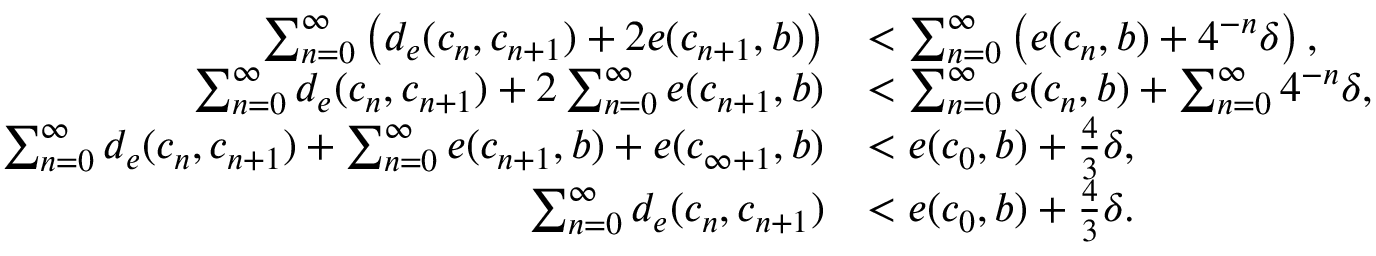
\begin{array} { r l } { \sum _ { n = 0 } ^ { \infty } \left( d _ { e } ( c _ { n } , c _ { n + 1 } ) + 2 e ( c _ { n + 1 } , b ) \right) } & { < \sum _ { n = 0 } ^ { \infty } \left( e ( c _ { n } , b ) + 4 ^ { - n } \delta \right) , } \\ { \sum _ { n = 0 } ^ { \infty } d _ { e } ( c _ { n } , c _ { n + 1 } ) + 2 \sum _ { n = 0 } ^ { \infty } e ( c _ { n + 1 } , b ) } & { < \sum _ { n = 0 } ^ { \infty } e ( c _ { n } , b ) + \sum _ { n = 0 } ^ { \infty } 4 ^ { - n } \delta , } \\ { \sum _ { n = 0 } ^ { \infty } d _ { e } ( c _ { n } , c _ { n + 1 } ) + \sum _ { n = 0 } ^ { \infty } e ( c _ { n + 1 } , b ) + e ( c _ { \infty + 1 } , b ) } & { < e ( c _ { 0 } , b ) + \frac { 4 } { 3 } \delta , } \\ { \sum _ { n = 0 } ^ { \infty } d _ { e } ( c _ { n } , c _ { n + 1 } ) } & { < e ( c _ { 0 } , b ) + \frac { 4 } { 3 } \delta . } \end{array}